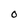
Character: o